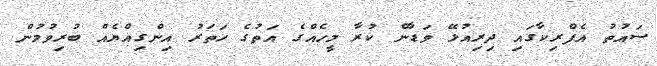
ސައުތު އެފްރިކާގައި ދިރިއުޅޭ ވަޑާން ކުރާ މީހެއްގެ އަތުގެ ހަތަރު އިންގިއްޔެއް ބުރިވުމުން